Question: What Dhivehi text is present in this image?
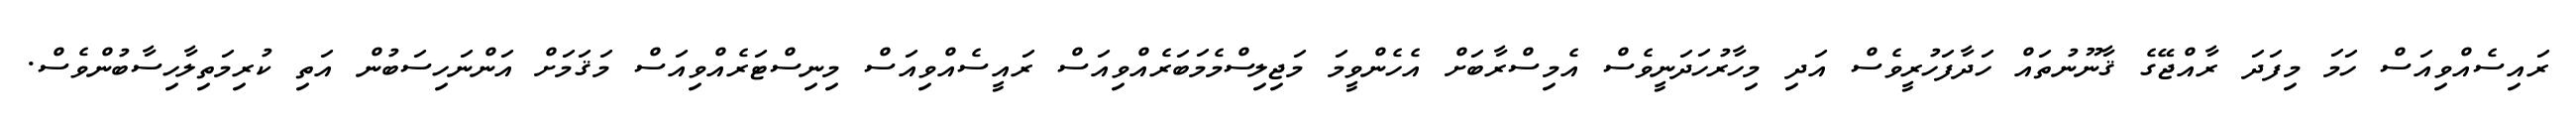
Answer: ރައިސެއްވިއަސް ހަމަ މިފަދަ ރާއްޖޭގެ ޤާނޫނުތައް ހަދާފަހުރީވެސް އަދި މިހާރުހަދަނީވެސް އެމިސްރާބަށް އެހެންވީމަ މަޖިލިސްމެމަބަރެއްވިއަސް ރައީސެއްވިއަސް މިނިސްޓަރެއްވިއަސް މަޤަމަށް އަންނަހިސަބުން އަތި ކުރިމަތިލާހިސާބުންވެސް.